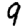
Digit: 9